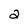
Character: 2